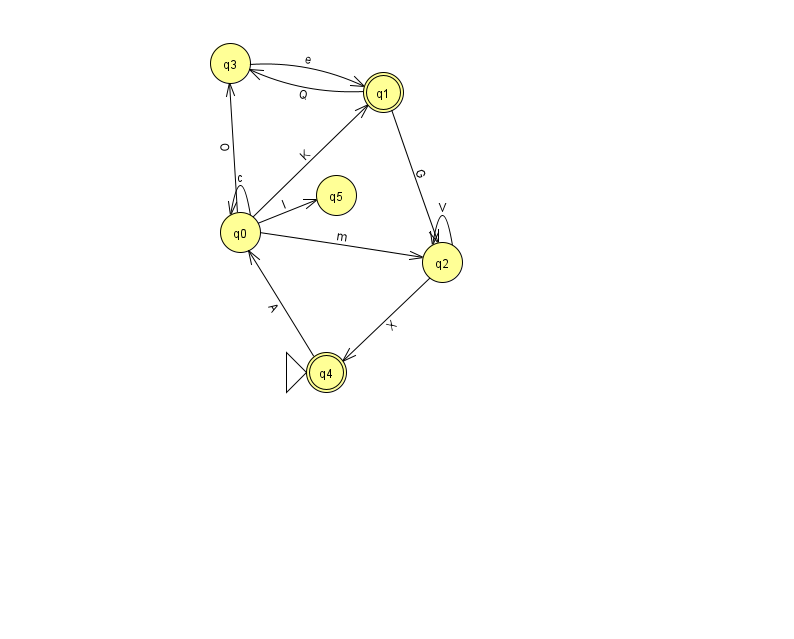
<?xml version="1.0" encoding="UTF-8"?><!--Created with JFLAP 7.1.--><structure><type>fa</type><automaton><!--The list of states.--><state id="0" name="q0"><x>240.0</x><y>219.0</y></state><state id="1" name="q1"><x>383.0</x><y>79.0</y><final/></state><state id="2" name="q2"><x>442.0</x><y>249.0</y></state><state id="3" name="q3"><x>230.0</x><y>50.0</y></state><state id="4" name="q4"><x>326.0</x><y>359.0</y><initial/><final/></state><state id="5" name="q5"><x>336.0</x><y>182.0</y></state><!--The list of transitions.--><transition><from>0</from><to>0</to><read>c</read></transition><transition><from>0</from><to>5</to><read>l</read></transition><transition><from>1</from><to>3</to><read>Q</read></transition><transition><from>2</from><to>4</to><read>X</read></transition><transition><from>1</from><to>2</to><read>G</read></transition><transition><from>2</from><to>2</to><read>V</read></transition><transition><from>3</from><to>1</to><read>e</read></transition><transition><from>0</from><to>3</to><read>O</read></transition><transition><from>0</from><to>2</to><read>m</read></transition><transition><from>4</from><to>0</to><read>A</read></transition><transition><from>0</from><to>1</to><read>K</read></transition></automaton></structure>